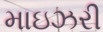
માઇઝરી